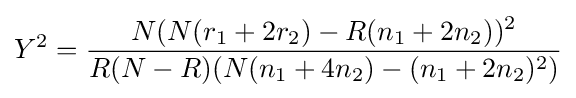
Y^{2}={\frac {N(N(r_{1}+2r_{2})-R(n_{1}+2n_{2}))^{2}}{R(N-R)(N(n_{1}+4n_{2})-(n_{1}+2n_{2})^{2})}}